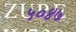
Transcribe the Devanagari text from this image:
५०४७